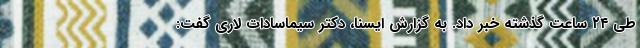
طی ۲۴ ساعت گذشته خبر داد. به گزارش ایسنا، دکتر سیماسادات لاری گفت: